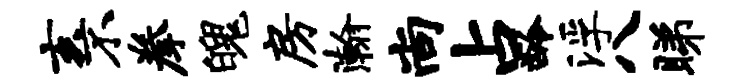
亥不拳魄房瀚尚占龄浮八睇